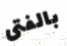
بالفتى